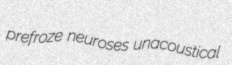
prefroze neuroses unacoustical